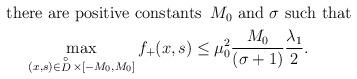
LaTeX: \begin{align*}\begin{aligned}& \mbox{there are positive constants}\,\,\, M_0\,\, \mbox{and}\,\, \sigma\,\, \mbox{such that}\\& \,\,\,\,\,\,\,\displaystyle\max_{(x,s)\in \mathop D\limits^ \circ\times[-M_0,M_0]}f_+(x,s)\leq \mu_0^2\frac{M_0}{(\sigma+1)}\frac{\lambda_1}{2}.\end{aligned}\end{align*}